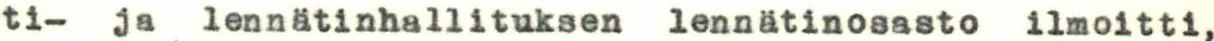
ti- ja lennätinhallituksen lennätinosasto ilmoitti,